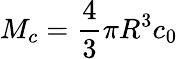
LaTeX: M_{c}=\frac{4}{3}\pi R^{3}c_{0}